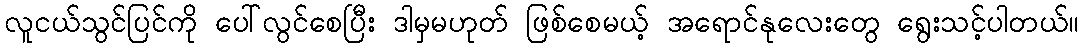
လူငယ်သွင်ပြင်ကို ပေါ်လွင်စေပြီး ဒါမှမဟုတ် ဖြစ်စေမယ့် အရောင်နုလေးတွေ ရွေးသင့်ပါတယ်။